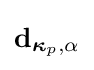
\mathbf {d} _{{\boldsymbol {\kappa }}_{p},\alpha }